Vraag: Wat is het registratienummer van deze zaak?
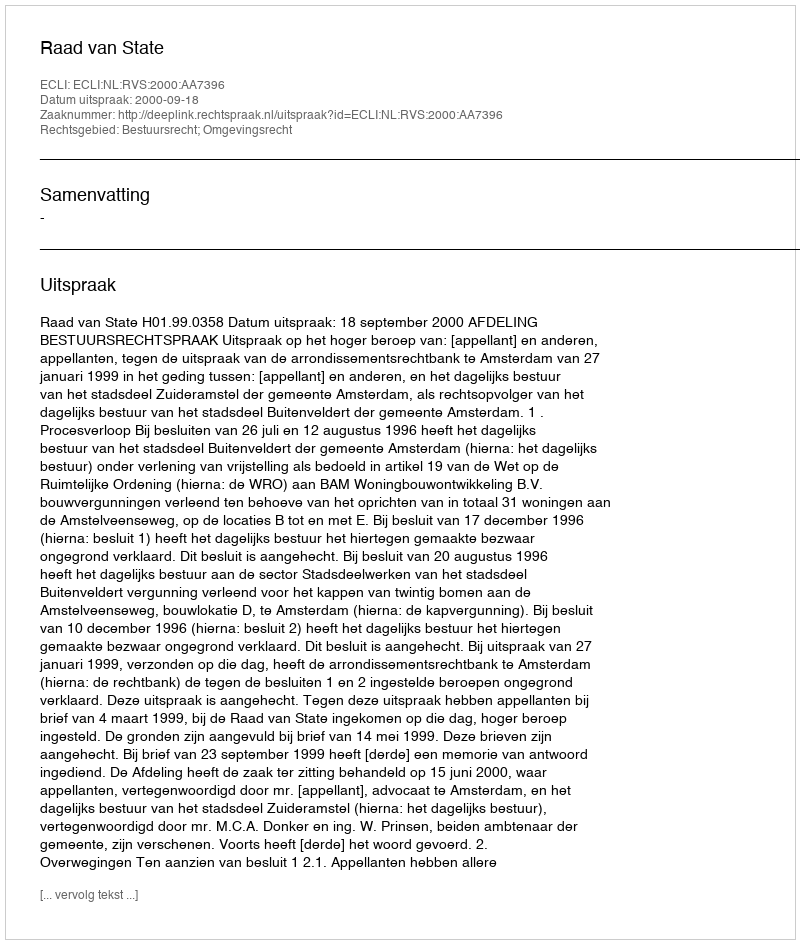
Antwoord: http://deeplink.rechtspraak.nl/uitspraak?id=ECLI:NL:RVS:2000:AA7396